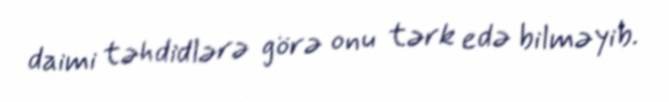
daimi təhdidlərə görə onu tərk edə bilməyib.